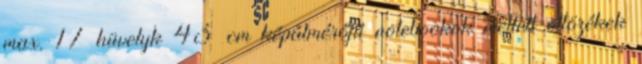
max. 17 hüvelyk 43 cm képátmérőjű notebookok mellett öltözékek